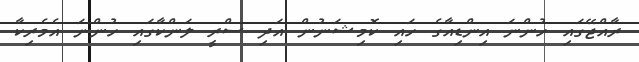
ރާއްޖޭގައި ހުންނަ އިންޑިއާގެ ހައި ކޮމިޝަނުން އަދި ސްރީ ލަންކާގައި ހުންނަ އެމެރިކާ